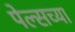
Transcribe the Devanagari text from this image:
पेल्सच्या